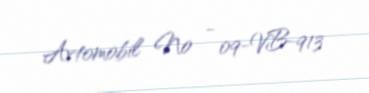
Avtomobil № - 09-VB-913